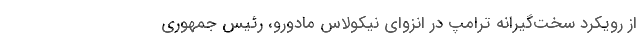
از رویکرد سخت‌گیرانه ترامپ در انزوای نیکولاس مادورو، رئیس جمهوری